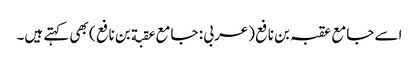
اسے جامع عقبہ بن نافع (عربی : جامع عقبة بن نافع ) بھی کہتے ہیں۔